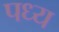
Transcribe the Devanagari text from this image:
पध्य